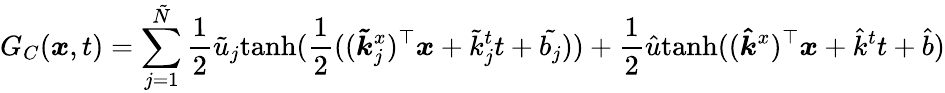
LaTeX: G_{C}(\boldsymbol{x},t)=\sum_{j=1}^{\tilde{N}}\frac{1}{2}\tilde{u}_{j}\mathrm{tanh}(\frac{1}{2}((\boldsymbol{\tilde{k}}_{j}^{x})^{\top}\boldsymbol{x}+\tilde{k}_{j}^{t}t+\tilde{b_{j}}))+\frac{1}{2}\hat{u}\mathrm{tanh}((\boldsymbol{\hat{k}}^{x})^{\top}\boldsymbol{x}+\hat{k}^{t}t+\hat{b})